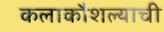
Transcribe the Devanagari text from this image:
कलाकौशल्याची